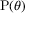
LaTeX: \operatorname { P } ( \theta )